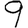
Digit: 9